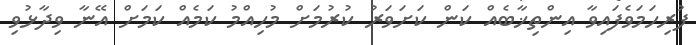
ފުރިހަމަވެފައިވާ އިންތިޚާބެއް ކަން ކަށަވަރު ކުރުމަށް މުހިއްމު ކަމެއް ކަމަށް އޭނާ ވިދާޅުވި